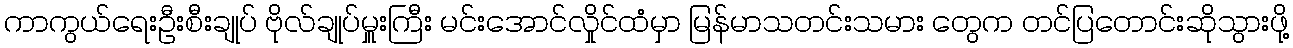
ကာကွယ်ရေးဦးစီးချုပ် ဗိုလ်ချုပ်မှူးကြီး မင်းအောင်လှိုင်ထံမှာ မြန်မာသတင်းသမား တွေက တင်ပြတောင်းဆိုသွားဖို့